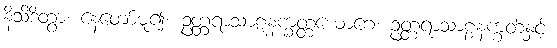
နိသိဒိတွာ၊ နေတော်မူ၍။ ဥတ္တရာသာဠှနက္ခတ္တယောဂေ၊ ဥတ္တရာသာဠှနက္ခတ်နှင့်